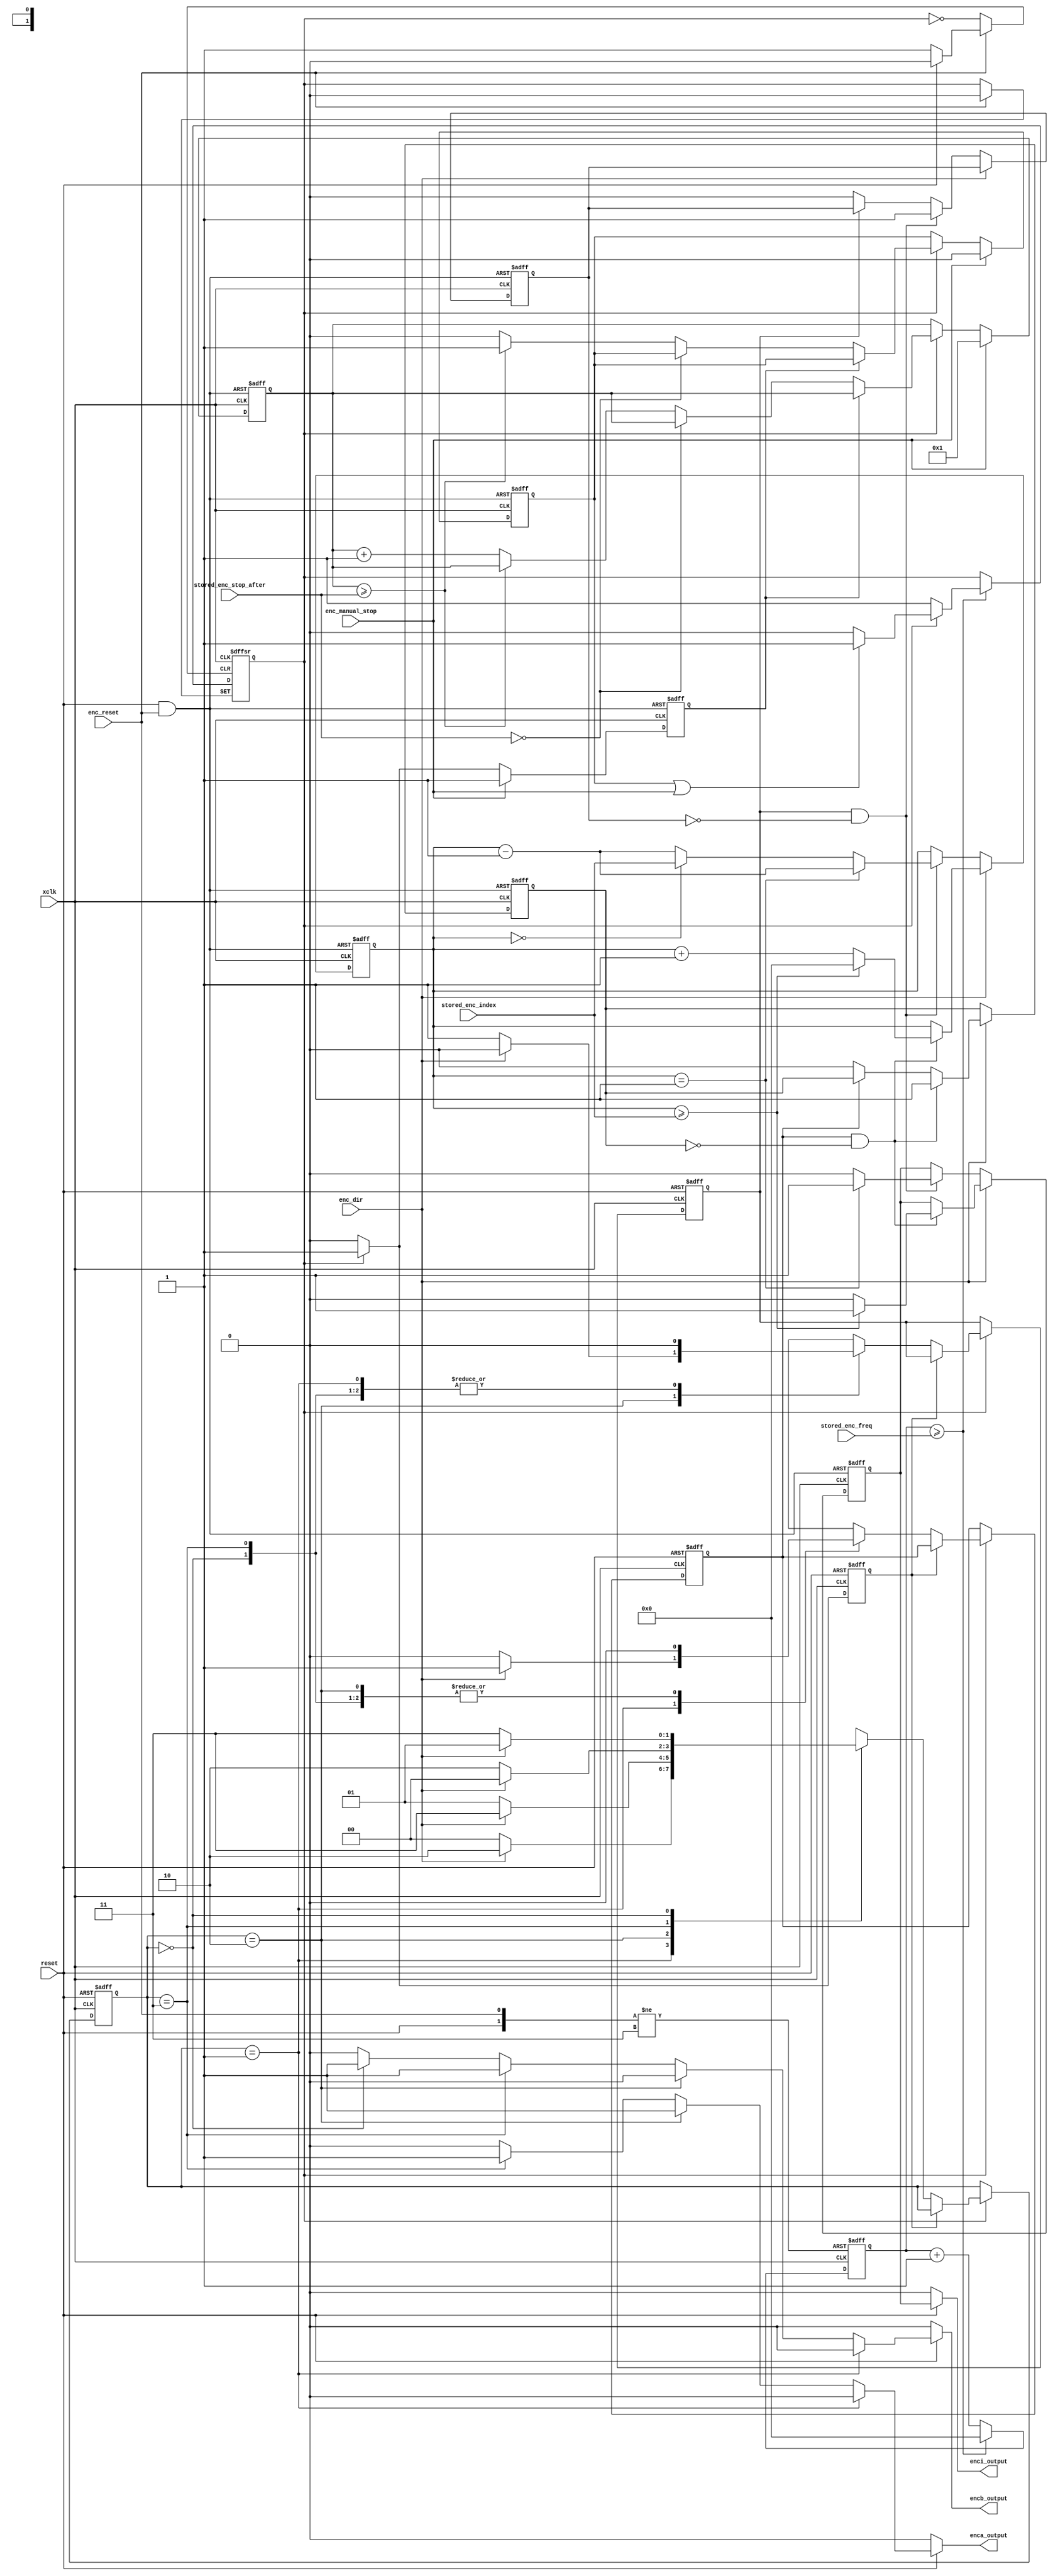
module DO_Enc(
		input reset,
		input xclk,           // 75MHz
//		output [3:0] testpoint, 				// optional outputs for debug to testpoints
														//   consult higher-level module to see if connections are instantiated
		input [31:0]stored_enc_freq,			// 32-bit count of clocks per cycle
		input [31:0]stored_enc_index,		// 16-bit count of encoder cycles per index 
		output enca_output,						// 1 bit output enc A
		output encb_output,						// 1 bit output enc B
		output enci_output,						// 1 bit output enc Index
		input [31:0]stored_enc_stop_after,      // run N counts then stop
		input enc_dir,         // Direction: 1 == A leads B, 0 == B leads A
		input enc_manual_stop, // 1 bit, allows PC to freeze encoder state
		input enc_reset       // low when DSP is changing period
   );

   wire reset_combo;
	assign reset_combo = (reset & enc_reset);
	
	
//-------------------------------------------------------------------------------
//-- Creates enc_internal_clock for encoder state machine based on MASTER_CLK  --
//-- f(enc_internal_clock) = f(xclk) / (stored_enc_freq + 1)                   --
//-------------------------------------------------------------------------------

	reg [31:0]enc_counter;
	reg enc_internal_clock;

	wire halt_combo;
	assign halt_combo = (halt_after_n_counts | enc_manual_stop);

//   always @(posedge xclk or negedge reset_combo or posedge halt_combo)
   always @(posedge xclk or negedge reset or negedge enc_reset)
      if (!reset) begin
		   enc_counter <= 32'h000000000;
			enc_internal_clock <= 1'b0;
      end else if (!enc_reset) begin
		   enc_counter <= 32'h000000000;
			// enc_internal_clock <= 1'b0; // don't alter clock level on write from DSP
      end else if (enc_counter >= stored_enc_freq) begin
		   enc_counter <= 32'h000000000;
			if (enc_internal_clock == 1'b0) begin
			   enc_internal_clock <= 1'b1;
			end else if (halt_combo == 1'b1) begin
				// Stop clock with enc_internal_clock Hi.
				enc_internal_clock <= 1'b1;
			end else begin
			   enc_internal_clock <= 1'b0;
			end
		end else begin
			enc_counter <= enc_counter + 1;
		end

//-------------------------------------------------------------- 
//-- Encoder State Machine based on enc clk                  --
//-- f(enca_output) = f(xclk) / (8 * (stored_enc_freq + 1))   --
//--------------------------------------------------------------
	parameter [1:0]ENC_EDGE_1	= 2'b01;
	parameter [1:0]ENC_EDGE_2	= 2'b10;
	parameter [1:0]ENC_EDGE_3	= 2'b11;
	parameter [1:0]ENC_EDGE_4	= 2'b00;
	reg [1:0]enc_pres_state;
	reg enca_rising_edge;
	reg enca_falling_edge;
	reg stmac_saw_enc_clk_rising_edge;
	
   always @(posedge xclk or negedge reset)
      if (!reset) begin
			// NOTE: not resetting Encoder State Machine on change of params from DSP
			// eg: we don't change ENC_EDGE_x
		   enc_pres_state <= ENC_EDGE_1;
			enca_rising_edge <= 1'b0;
			enca_falling_edge <= 1'b0;
			stmac_saw_enc_clk_rising_edge <= 1'b0;
		end else if(enc_internal_clock == 1'b1) begin
			if (stmac_saw_enc_clk_rising_edge == 1'b0) 	begin // rising edge on enc_internal_clock
				stmac_saw_enc_clk_rising_edge <= 1'b1;
				case (enc_pres_state)
					(ENC_EDGE_1)	: 
						begin
							if (enc_dir == 1'b1) begin
								enc_pres_state <= ENC_EDGE_2;
								enca_rising_edge <= 1'b1; // Rising Edge on encA , when Dir = 1
								enca_falling_edge <= 1'b0;
							end else begin
								enc_pres_state <= ENC_EDGE_4;
								enca_rising_edge <= 1'b0;
								enca_falling_edge <= 1'b0;
							end
						end
					(ENC_EDGE_2)	: 
						begin
							if (enc_dir == 1'b1) begin
								enc_pres_state <= ENC_EDGE_3;
								enca_rising_edge <= 1'b0;
								enca_falling_edge <= 1'b0;
							end else begin
								enc_pres_state <= ENC_EDGE_1;
								enca_rising_edge <= 1'b0; 
								enca_falling_edge <= 1'b1; // Falling Edge on encA, when Dir = 0
							end
						end
					(ENC_EDGE_3)	: 
						begin
							if (enc_dir == 1'b1) begin
								enc_pres_state <= ENC_EDGE_4;
								enca_rising_edge <= 1'b0;
								enca_falling_edge <= 1'b0;
							end else begin 
								enc_pres_state <= ENC_EDGE_2;
								enca_rising_edge <= 1'b0;
								enca_falling_edge <= 1'b0;
							end
						end
					(ENC_EDGE_4)	: 
						begin
							if (enc_dir == 1'b1) begin
								enc_pres_state <= ENC_EDGE_1;
								enca_rising_edge <= 1'b0;
								enca_falling_edge <= 1'b0;
							end else begin
								enc_pres_state <= ENC_EDGE_3;
//								enca_rising_edge <= 1'b1;  // Rising Edge on encA (was here in Neil's implementation)
								enca_rising_edge <= 1'b0;
								enca_falling_edge <= 1'b0;
							end
						end
					
				endcase
         end
					
		end else begin
			// enc_internal_clock == 1'b0
			stmac_saw_enc_clk_rising_edge <= 1'b0;
		end
    

//---------------------------------------------------------- 
//-- Generate Encoder outputs based on the State Variable --
//--                                                      --
//----------------------------------------------------------
	wire enca_output_wire;
	wire encb_output_wire;
	wire enci_output_wire;
	// Note syntax for "conditional" expression:
	//   ?: Conditional Assigns one of two values depending on the conditional expression. 
   //   E. g., A = C>D ? B+3 : B-2 means 
   //   if C greater than D, the value of A is B+3 otherwise B-2.
	assign enca_output = (reset == 1'b0) ? 1'b0   // ~reset --> DO Disabled Mode
	                                        : enca_output_wire;
	assign encb_output = (reset == 1'b0) ? 1'b0   // ~reset --> DO Disabled Mode
	                                        : encb_output_wire;
	assign enci_output = (reset == 1'b0) ? 1'b0   // ~reset --> DO Disabled Mode
	                                        : enci_output_wire;

   assign enca_output_wire = (enc_pres_state == ENC_EDGE_1) ? 1'b0
	                           : (enc_pres_state == ENC_EDGE_2) ? 1'b1
	                           : (enc_pres_state == ENC_EDGE_3) ? 1'b1
	                           : (enc_pres_state == ENC_EDGE_4) ? 1'b0
	                           : 1'b0;

   assign encb_output_wire = (enc_pres_state == ENC_EDGE_1) ? 1'b0
	                           : (enc_pres_state == ENC_EDGE_2) ? 1'b0
	                           : (enc_pres_state == ENC_EDGE_3) ? 1'b1
	                           : (enc_pres_state == ENC_EDGE_4) ? 1'b1
	                           : 1'b0;

   assign enci_output_wire = enci_output_reg;


//-------------------------------------------------------------------------------------
//-- Encoder Index generator for Encoder 1. Frequency of Index is as follows:        
//--  f(enci_output) = f(enca_output) / (stored_enc_index + 1)                                     
//-- Note: new algorithm 4/21/2003  adds ENCA1_RE, a signal generated inside the
//--  state machine that goes high at the time of the the Rising Edge                         
//--  of the encA signal -- more reliable than looking for rising_edge(encA)                                                           
//-------------------------------------------------------------------------------------

	reg [31:0]enci_counter;
	reg enci_output_reg;
	reg saw_enca_rising_edge;
	reg saw_enca_falling_edge;

   always @(posedge xclk or negedge reset_combo)
		if (!reset_combo) begin
			enci_counter <= 32'h00000000;
			enci_output_reg <= 1'b0;
			saw_enca_rising_edge <= 1'b0;
			saw_enca_falling_edge <= 1'b0;

		end else if (enc_dir == 1'b1) begin

			if ((enca_rising_edge == 1'b1) & (saw_enca_rising_edge == 1'b0)) begin
				saw_enca_rising_edge <= 1'b1;
				
				// if (enc_dir == 1'b1), so count forwards
				if (enci_counter >= stored_enc_index) begin
					enci_output_reg <= 1'b1;
					enci_counter <= 32'h00000000;
				end else begin
					enci_output_reg <= 1'b0;
					enci_counter <= enci_counter + 1;		
				end

			end else if (enca_rising_edge == 1'b0) begin
				saw_enca_rising_edge <= 1'b0;
			end
			
		end else if (enc_dir == 1'b0) begin

			if ((enca_falling_edge == 1'b1) & (saw_enca_falling_edge == 1'b0)) begin
				saw_enca_falling_edge <= 1'b1;

				// if (enc_dir == 1'b0), so count backwards
				// when going backwards, index pulse starts at enci_counter==1, ends at 0
				if (enci_counter == 32'h0000001) begin
					enci_output_reg <= 1'b1;
					enci_counter <= enci_counter - 1;
				end else if (enci_counter == 32'h0000000) begin
					enci_output_reg <= 1'b0;
					enci_counter <= stored_enc_index;
				end else begin
					enci_output_reg <= 1'b0;
					enci_counter <= enci_counter - 1;		
				end
			end else if (enca_falling_edge == 1'b0) begin
				saw_enca_falling_edge <= 1'b0;
			end
		
		end


//-------------------------------------------------------------------------------------
//-- Stop After N Counts       
//--          
//-------------------------------------------------------------------------------------

	reg [31:0]stop_after_n_counter;
	reg halt_after_n_counts;	// signal to state machine to stop
	wire stop_after_n_counts;   // signal that stored_enc_stop_after parameter is non-zero
	reg stopaft_saw_enc_clk_rising_edge;

   assign stop_after_n_counts = (stored_enc_stop_after == 32'h000000000) ? 1'b0
	                           : 1'b1;

   always @(posedge xclk or negedge reset_combo)
      if (!reset_combo) begin
			stop_after_n_counter  <= 32'h000000001;
			halt_after_n_counts <= 1'b0;
			stopaft_saw_enc_clk_rising_edge <= 1'b1; // after reset, insure enc_internal_clock completes a cycle before we start counting
		end else if (enc_manual_stop == 1'b1) begin
			stop_after_n_counter  <= 32'h000000001;  
			halt_after_n_counts <= 1'b0;
			stopaft_saw_enc_clk_rising_edge <= 1'b1; // after maunal stop, insure enc_internal_clock completes a cycle before we start counting
		end else if(enc_internal_clock == 1'b1) begin
			if (stopaft_saw_enc_clk_rising_edge == 1'b0) 	begin // rising edge on enc_internal_clock
				stopaft_saw_enc_clk_rising_edge <= 1'b1;
				if (stop_after_n_counts == 1'b1)	begin // 1-bit signal that pc requested stop-after-n
					if (stop_after_n_counter >= stored_enc_stop_after) begin
						halt_after_n_counts <= 1'b1; // signal to state machine to stop
					end else begin
						stop_after_n_counter <= stop_after_n_counter + 1;
						halt_after_n_counts <= 1'b0; // reset signal to state machine to stop
					end
				end

			end
			
			
		end else begin
			// when enc_internal_clock == 1'b0
			stopaft_saw_enc_clk_rising_edge <= 1'b0;
		end


endmodule